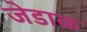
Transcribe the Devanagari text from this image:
जेडाक